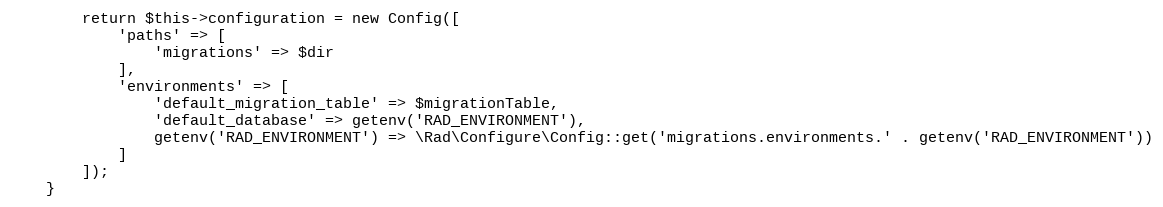
Language: PHP
        return $this->configuration = new Config([
            'paths' => [
                'migrations' => $dir
            ],
            'environments' => [
                'default_migration_table' => $migrationTable,
                'default_database' => getenv('RAD_ENVIRONMENT'),
                getenv('RAD_ENVIRONMENT') => \Rad\Configure\Config::get('migrations.environments.' . getenv('RAD_ENVIRONMENT'))
            ]
        ]);
    }